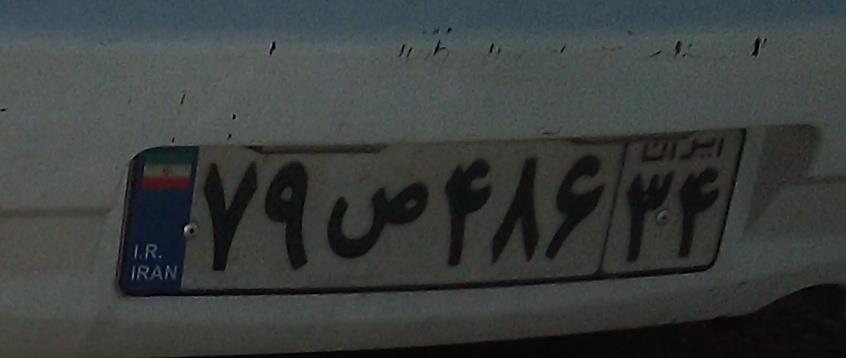
۷۹ص۴۸۶۳۴